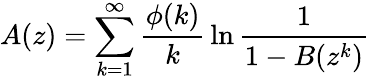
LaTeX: A(z)=\sum_{k=1}^{\infty}{\frac{\phi(k)}{k}}\ln{\frac{1}{1-B(z^{k})}}